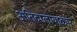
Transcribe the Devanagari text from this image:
अतिवालायाकार